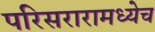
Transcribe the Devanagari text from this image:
परिसरारामध्येच